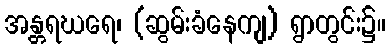
အန္တရဃရေ၊ (ဆွမ်းခံနေကျ) ရွာတွင်း၌။